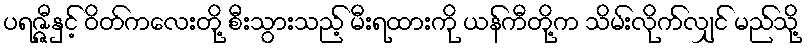
ပရဇ္ဇီနှင့် ဝိတ်ကလေးတို့ စီးသွားသည့် မီးရထားကို ယန်ကီတို့က သိမ်းလိုက်လျှင် မည်သို့